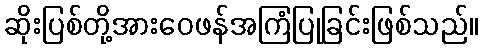
ဆိုးပြစ်တို့အားဝေဖန်အကြံပြုခြင်းဖြစ်သည်။